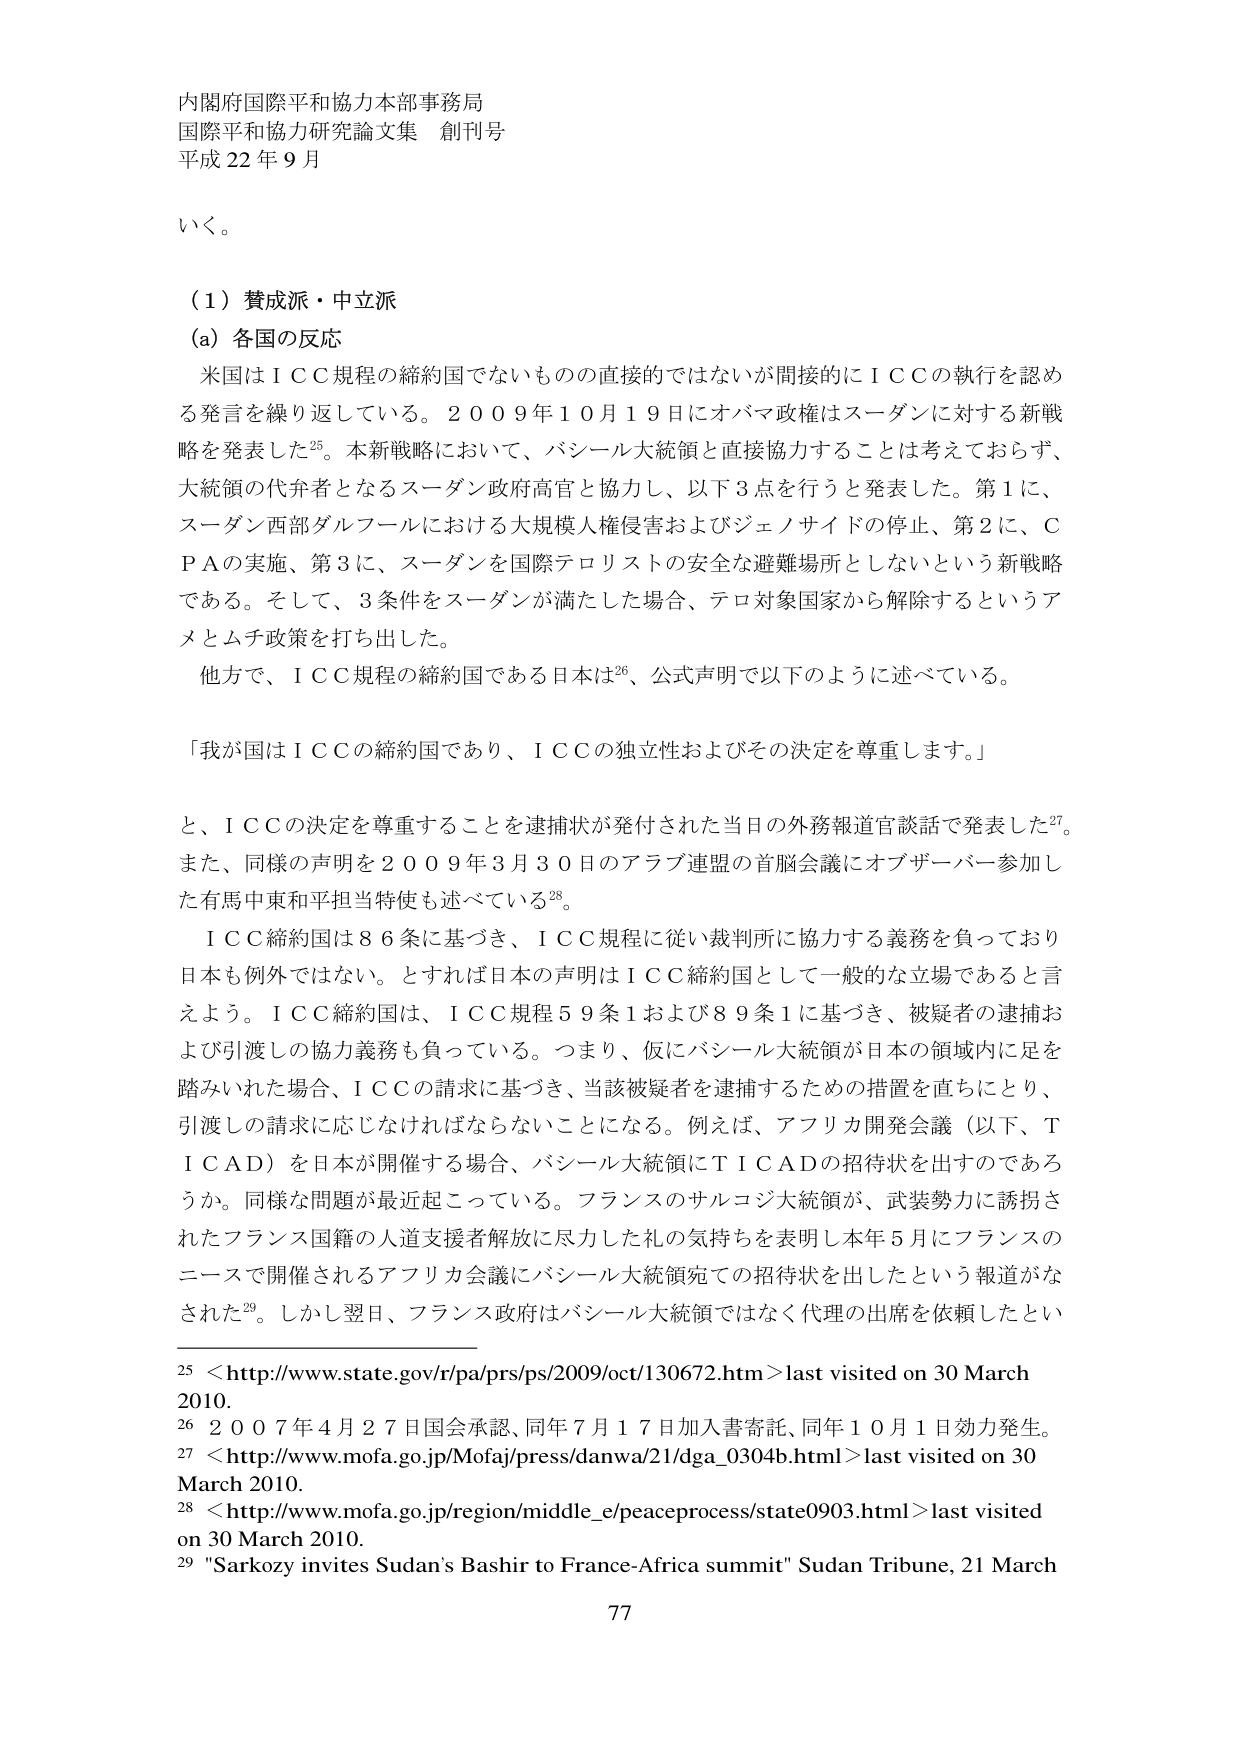
内閣府国際平和協力本部事務局
国際平和協力研究論文集 創刊号
平成22年9月

いく。

（1）賛成派・中立派
(a) 各国の反応
米国はＩＣＣ規程の締約国でないものの直接的ではないが間接的にＩＣＣの執行を認める発言を繰り返している。2009年10月19日にオバマ政権はスーダンに対する新戦略を発表した25。本新戦略において、バシール大統領と直接協力することは考えておらず、大統領の代弁者となるスーダン政府高官と協力し、以下3点を行うと発表した。第1に、スーダン西部ダルフールにおける大規模人権侵害およびジェノサイドの停止、第2に、ＣＰＡの実施、第3に、スーダンを国際テロリストの安全な避難場所としないという新戦略である。そして、3条件をスーダンが満たした場合、テロ対象国家から解除するというアメとムチ政策を打ち出した。
他方で、ＩＣＣ規程の締約国である日本は26、公式声明で以下のように述べている。
「我が国はＩＣＣの締約国であり、ＩＣＣの独立性およびその決定を尊重します。」
と、ＩＣＣの決定を尊重することを逮捕状が発付された当日の外務報道官談話で発表した27。また、同様の声明を2009年3月30日のアラブ連盟の首脳会議にオブザーバー参加した有馬中東和平担当特使も述べている28。
ＩＣＣ締約国は86条に基づき、ＩＣＣ規程に従い裁判所に協力する義務を負っており日本も例外ではない。とすれば日本の声明はＩＣＣ締約国として一般的な立場であると言えよう。ＩＣＣ締約国は、ＩＣＣ規程59条1および89条1に基づき、被疑者の逮捕および引渡しの協力義務も負っている。つまり、仮にバシール大統領が日本の領域内に足を踏み入れた場合、ＩＣＣの請求に基づき、当該被疑者を逮捕するための措置を直ちにとり、引渡しの請求に応じなければならないことになる。例えば、アフリカ開発会議（以下、ＴＩＣＡＤ）を日本が開催する場合、バシール大統領にＴＩＣＡＤの招待状を出すのであろうか。同様な問題が最近起こっている。フランスのサルコジ大統領が、武装勢力に誘拐されたフランス国籍の人道支援者解放に尽力した礼の気持ちを表明し本年5月にフランスのニースで開催されるアフリカ会議にバシール大統領宛ての招待状を出したという報道がなされた29。しかし翌日、フランス政府はバシール大統領ではなく代理の出席を依頼したとい

25 <http://www.state.gov/r/pa/prs/ps/2009/oct/130672.htm> last visited on 30 March 2010.
26 2007年4月27日国会承認、同年7月17日加入書寄託、同年10月1日効力発生。
27 <http://www.mofa.go.jp/Mofaj/press/danwa/21/dga_0304b.html> last visited on 30 March 2010.
28 <http://www.mofa.go.jp/region/middle_e/peaceprocess/state0903.html> last visited on 30 March 2010.
29 "Sarkozy invites Sudan's Bashir to France-Africa summit" Sudan Tribune, 21 March

77